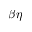
\beta \eta